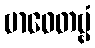
ဗာဓေတဗ္ဗံ